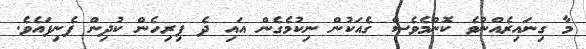
މާ ގިނައިރެއްނުވެ ކޮންމެވެސް ގެއަކުން ނިކުމެގެން އައި ދެ ފިރިހެން ކުދިން ފެނިފައެވެ.